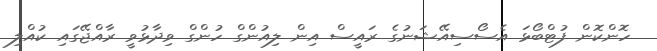
ހޮންކޮން ފުޓްބޯޅަ އެސޯސިއޭޝަނުގެ ރައީސް އިން ލިއުންގް ހުންގް ވިދާޅުވީ ރާއްޖޭގައި ކުއްލި